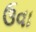
ઉવા